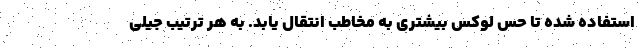
استفاده شده تا حس لوکس بیشتری به مخاطب انتقال یابد. به هر ترتیب جیلی